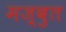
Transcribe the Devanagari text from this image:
मज़्बुत